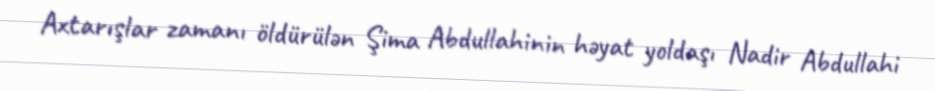
Axtarışlar zamanı öldürülən Şima Abdullahinin həyat yoldaşı Nadir Abdullahi